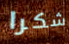
شكرا